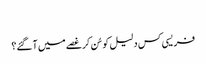
‏
فریسی کس دلیل کو سُن کر غصے میں آ گئے؟